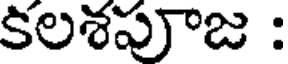
కలశపూజ :